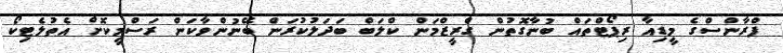
ފްރާންސްގެ މީޑިއާ ރިޕޯޓްތައް ބުނާގޮތުން ގްރީޒްމަން ކްލަބް ބަދަލުކުރަން ބޭނުންވާކަން ރަސްމީކޮށް އެތުލެޓިކޯ